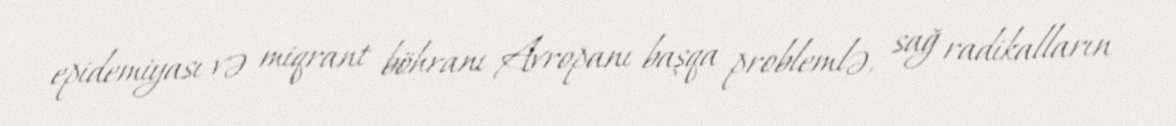
epidemiyası və miqrant böhranı Avropanı başqa problemlə, sağ radikalların